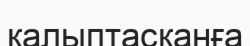
қалыптасқанға